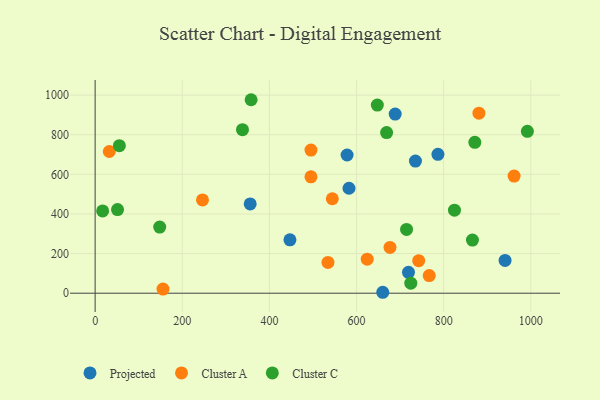
{"axis": {"x": "Distance", "y": "Profit"}, "legend": ["Cluster A", "Cluster C", "Projected"], "data": [{"x": "940.9", "y": 165.3, "type": "Projected"}, {"x": "660.2", "y": 4.7, "type": "Projected"}, {"x": "688.7", "y": 904.2, "type": "Projected"}, {"x": "447.1", "y": 269.3, "type": "Projected"}, {"x": "735.2", "y": 667.1, "type": "Projected"}, {"x": "582.7", "y": 529.9, "type": "Projected"}, {"x": "355.9", "y": 450.9, "type": "Projected"}, {"x": "719.2", "y": 105.3, "type": "Projected"}, {"x": "578.3", "y": 697.6, "type": "Projected"}, {"x": "786.8", "y": 701.0, "type": "Projected"}, {"x": "961.6", "y": 591.5, "type": "Cluster A"}, {"x": "766.8", "y": 89.0, "type": "Cluster A"}, {"x": "742.7", "y": 164.2, "type": "Cluster A"}, {"x": "676.8", "y": 231.1, "type": "Cluster A"}, {"x": "246.4", "y": 470.7, "type": "Cluster A"}, {"x": "495.4", "y": 587.4, "type": "Cluster A"}, {"x": "32.5", "y": 715.4, "type": "Cluster A"}, {"x": "495.4", "y": 722.4, "type": "Cluster A"}, {"x": "534.4", "y": 155.6, "type": "Cluster A"}, {"x": "544.4", "y": 476.9, "type": "Cluster A"}, {"x": "624.5", "y": 171.7, "type": "Cluster A"}, {"x": "880.9", "y": 909.0, "type": "Cluster A"}, {"x": "155.8", "y": 21.0, "type": "Cluster A"}, {"x": "669.0", "y": 810.7, "type": "Cluster C"}, {"x": "992.1", "y": 817.2, "type": "Cluster C"}, {"x": "871.5", "y": 761.8, "type": "Cluster C"}, {"x": "824.8", "y": 419.1, "type": "Cluster C"}, {"x": "148.2", "y": 333.7, "type": "Cluster C"}, {"x": "17.2", "y": 415.4, "type": "Cluster C"}, {"x": "647.7", "y": 949.8, "type": "Cluster C"}, {"x": "338.2", "y": 825.4, "type": "Cluster C"}, {"x": "866.0", "y": 268.2, "type": "Cluster C"}, {"x": "55.6", "y": 744.8, "type": "Cluster C"}, {"x": "724.5", "y": 50.8, "type": "Cluster C"}, {"x": "358.0", "y": 976.7, "type": "Cluster C"}, {"x": "714.8", "y": 321.9, "type": "Cluster C"}, {"x": "51.4", "y": 422.1, "type": "Cluster C"}]}